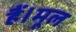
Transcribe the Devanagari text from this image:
हैं।मूल